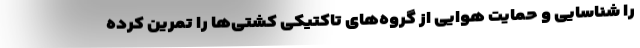
را شناسایی و حمایت هوایی از گروه‌های تاکتیکی کشتی‌ها را تمرین کرده